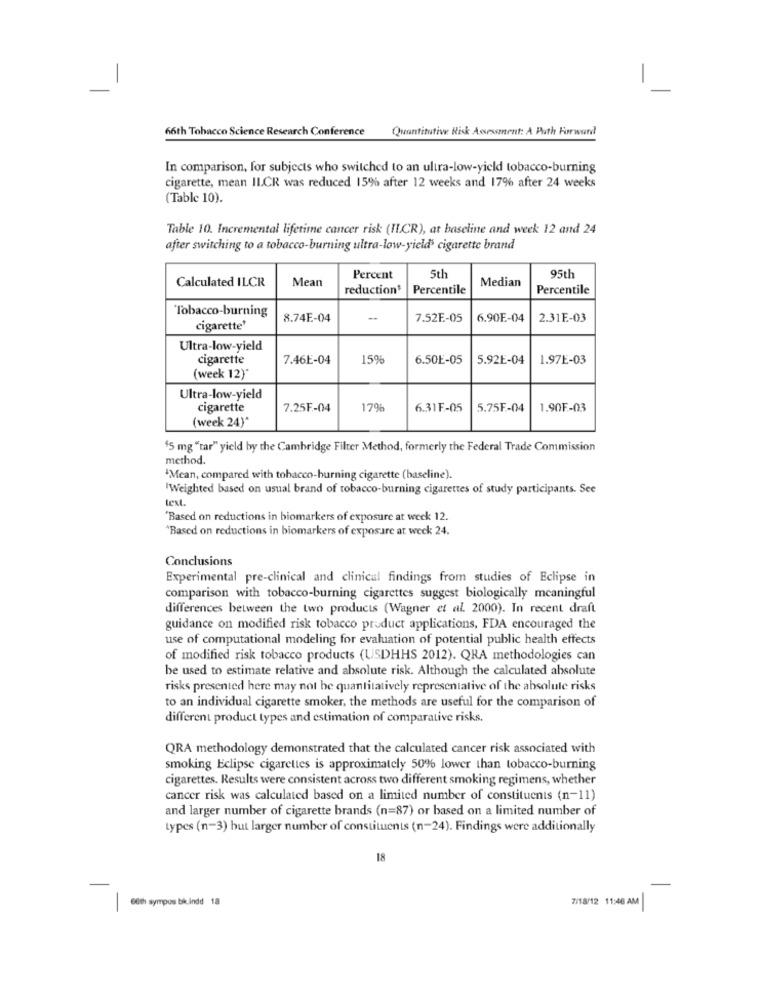
-
Quantitative Risk Assessment: A Path Forward
66th Tobacco Science Research Conference
In comparison, for subjects who switched to an ultra-low-yield tobacco-burning
cigarette, mean IL.CR was reduced 15% after 12 weeks and 17% after 24 weeks
(Table 10).
Table 10. Incremental lifetime cancer risk (IL.CR), at baseline and week 12 and 24
after switching to a tobacco-burning ultra-low-yields cigarette brand
Calculated ILCR
Mean
Percent
5th
Median
95tl
reduction*
Percentile
Percentile
Tobacco-burning
8.74E-04
-
7.52E-05
6.90E-04
2.31E .- 03
cigarette'
Ultra-low-yield
cigarette
7.46E-04
15%
6.50E-05
5.92E-04
1.97E-03
(week 12)'
Ultra-low-yield
cigarette
7.25F-04
17%
6.31F-05
5.75F-04
1.90F-03
(week 24)*
$5 mg "tar" yield by the Cambridge Filter Method, formerly the Federal Trade Commission
method.
'Mean, compared with tobacco-burning cigarette (baseline).
"Weighted based on usual brand of tobacco-burning cigarettes of study participants. See
text
"Based on reductions in biomarkers of exposure at week 12.
"Based on reductions in biomarkers of exposure at week 24.
Conclusions
Experimental pre-clinical and clinical findings from studies of Eclipse in
comparison with tobacco-burning cigarettes suggest biologically meaningful
differences between the two products (Wagner et al. 2000). In recent draft
guidance on modified risk tobacco product applications, FDA encouraged the
use of computational modeling for evaluation of potential public health effects
of modified risk tobacco products (USDHHS 2012). QRA methodologies can
be used to estimate relative and absolute risk. Although the calculated absolute
risks presented here may not be quantitatively representative of the absolute risks
to an individual cigarette smoker, the methods are useful for the comparison of
different product types and estimation of comparative risks.
QRA methodology demonstrated that the calculated cancer risk associated with
smoking Eclipse cigarettes is approximately 50% lower than tobacco-burning
cigarettes. Results were consistent across two different smoking regimens, whether
cancer risk was calculated based on a limited number of constituents (n-11)
and larger number of cigarette brands (n=87) or based on a limited number of
types (n-3) but larger number of constituents (n-24). Findings were additionally
18
7/18/12 11:46 AM
60th sympos bic indd 18